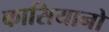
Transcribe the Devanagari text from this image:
कासियानो